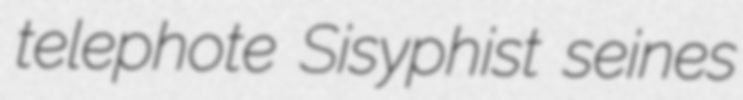
telephote Sisyphist seines